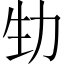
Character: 𠡏